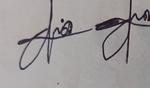
Signature authenticity: forged